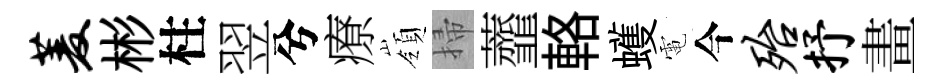
菱彬柱翌兮療嶺掃虀輅蠖電今殆抒畫